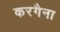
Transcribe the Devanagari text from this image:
करगैना